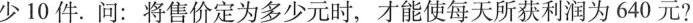
少10件。问：将售价定为多少元时，才能使每天所获利润为640元?